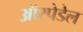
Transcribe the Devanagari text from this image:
ऑस्पेडेल